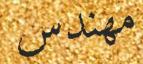
مھندس